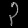
Digit: ၃